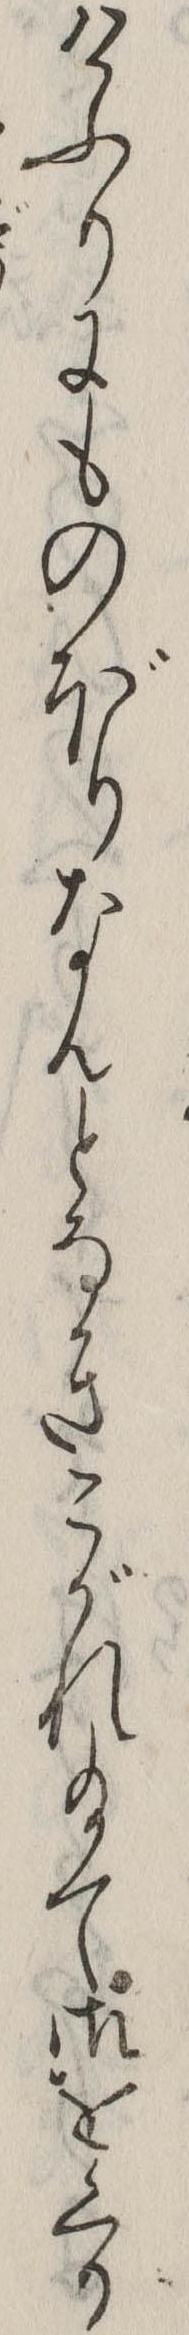
けふりにものぼりなんとなきこがれ給て御をくり